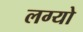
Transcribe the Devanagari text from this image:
लग्‍यो